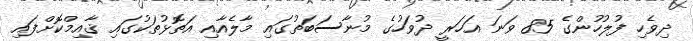
ދިވެހި ފުލުހުންގެ 85 ވަނަ އަހަރީ ދުވަހުގެ މުނާސަބަތުގައި މާލެއާއި އަތޮޅުތަކުގައި ޤާއިމްކޮށްފައި